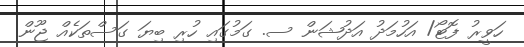
ހަވީރު ފޮޓޯ/ އަހުމަދު އަދުޝަން ސ. ގަމުގައި ހުރި ބިޔަ ގަސްތަކެއް ޖޫން